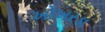
ખોખરડા